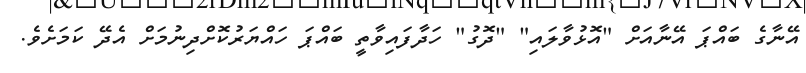
އޭނާގެ ބައްޕަ އޭނާއަށް "އޮޅުވާލައި" "ދޮގު" ހަދާފައިވާތީ ބައްޕަ ހައްޔަރުކޮށްދިނުމަށް އެދޭ ކަމަށެވެ.